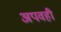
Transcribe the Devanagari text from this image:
अपवही